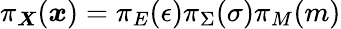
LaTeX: \pi_{\boldsymbol{X}}(\boldsymbol{x})=\pi_{E}(\epsilon)\pi_{\Sigma}(\sigma)\pi_{M}(m)